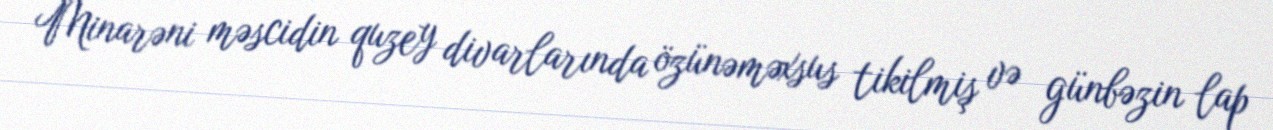
Minarəni məscidin quzey divarlarında özünəməxsus tikilmiş və günbəzin lap